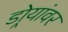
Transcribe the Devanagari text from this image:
डोर्‍यांवर